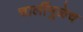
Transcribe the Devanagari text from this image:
चालींमुळेच